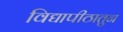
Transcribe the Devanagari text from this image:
विद्यापीठातुन